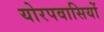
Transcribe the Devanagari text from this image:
योरपवासियों